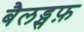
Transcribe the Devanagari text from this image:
बैलड्सफ़